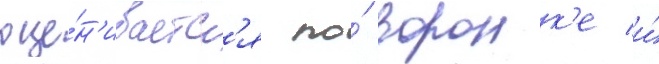
оце́н'иваетс'я по́ воронк'е и́